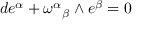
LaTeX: d e ^ { \alpha } + { \omega ^ { \alpha } } _ { \beta } \wedge e ^ { \beta } = 0